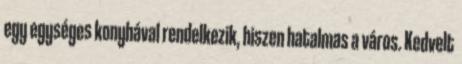
egy egységes konyhával rendelkezik, hiszen hatalmas a város. Kedvelt